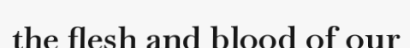
the flesh and blood of our